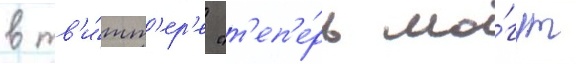
в тв'и́тт'ер'е "т'еп'е́рь мо́гут